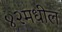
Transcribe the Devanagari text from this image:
४२मधील